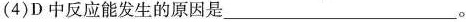
(4)D中反应能发生的原因是___。